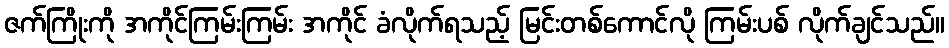
ဇက်ကြိုးကို အကိုင်ကြမ်းကြမ်း အကိုင် ခံလိုက်ရသည့် မြင်းတစ်ကောင်လို ကြမ်းပစ် လိုက်ချင်သည်။